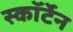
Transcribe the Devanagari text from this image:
स्कॉर्टेन